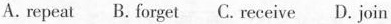
A.repeat B. Forget C. Receive D. Join